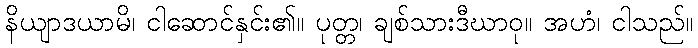
နိယျာဒယာမိ၊ ငါဆောင်နှင်း၏။ ပုတ္တ၊ ချစ်သားဒီဃာဝု။ အဟံ၊ ငါသည်။